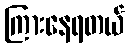
ကြားနေရတယ်